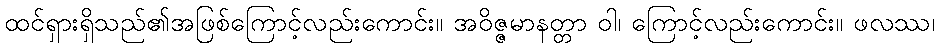
ထင်ရှားရှိသည်၏အဖြစ်ကြောင့်လည်းကောင်း။ အဝိဇ္ဇမာနတ္တာ ဝါ၊ ကြောင့်လည်းကောင်း။ ဖလဿ၊